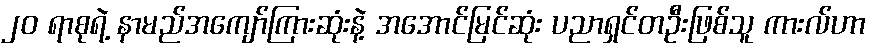
၂၀ ရာစုရဲ့ နာမည်အကျော်ကြားဆုံးနဲ့ အအောင်မြင်ဆုံး ပညာရှင်တဦးဖြစ်သူ ကားလ်ဟာ